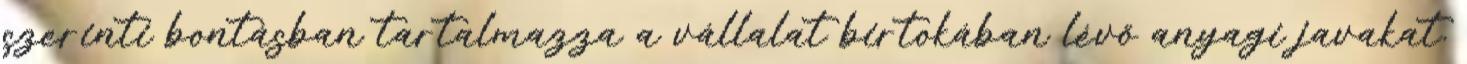
szerinti bontásban tartalmazza a vállalat birtokában lévő anyagi javakat.